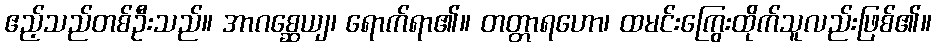
ဧည့်သည်တစ်ဦးသည်။ အာဂစ္ဆေယျ၊ ရောက်ရာ၏။ တတ္တာရဟော၊ ထမင်းကြွေးထိုက်သူလည်းဖြစ်၏။